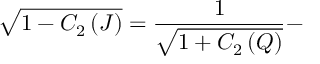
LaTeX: \sqrt { 1 - C _ { 2 } \left( J \right) } = \frac { 1 } { \sqrt { 1 + C _ { 2 } \left( Q \right) } } -